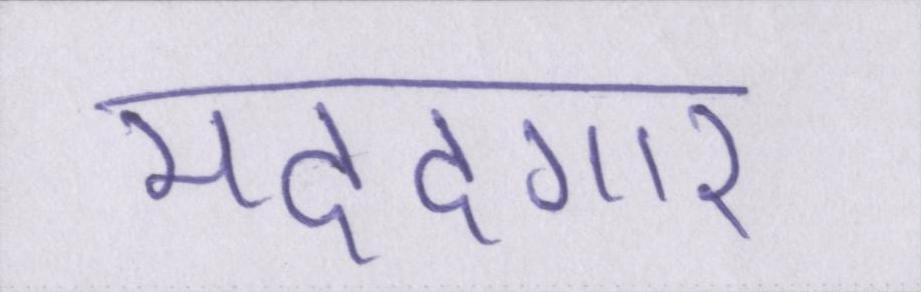
मददगार